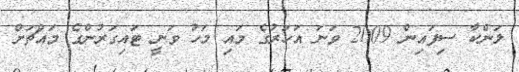
ލަންކާ ސިފައިން 2009 ވަނަ އަހަރުގެ މައި މަހު ވަނީ ޓައިގަރުންގެ މައްޗަށް